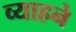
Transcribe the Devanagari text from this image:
व्याहने